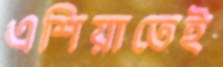
এশিয়াতেই